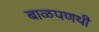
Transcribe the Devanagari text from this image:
बाळपणथी